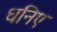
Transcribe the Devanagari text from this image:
धनिए